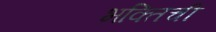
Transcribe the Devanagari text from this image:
भक्तिची